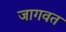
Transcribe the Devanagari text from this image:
जागवत